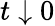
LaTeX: t\downarrow 0